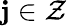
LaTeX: \mathbf{j}\in\mathcal{{Z}}